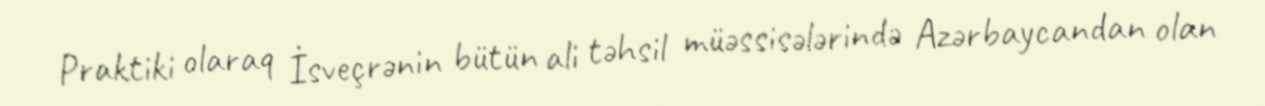
Praktiki olaraq İsveçrənin bütün ali təhsil müəssisələrində Azərbaycandan olan